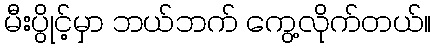
မီးပွိုင့်မှာ ဘယ်ဘက် ကွေ့လိုက်တယ်။